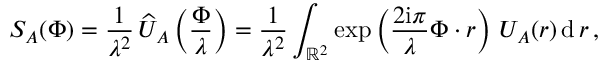
S _ { A } ( \boldsymbol \Phi ) = { \frac { 1 } { \lambda ^ { 2 } } } \, \widehat U _ { A } \left( { \frac { \boldsymbol \Phi } { \lambda } } \right) = { \frac { 1 } { \lambda ^ { 2 } } } \int _ { { \mathbb R } ^ { 2 } } \exp \left( { \frac { 2 \mathrm { i } \pi } { \lambda } } \boldsymbol \Phi \boldsymbol \cdot \boldsymbol r \right) \, U _ { A } ( \boldsymbol r ) \, \mathrm { d } \, \boldsymbol r \, ,